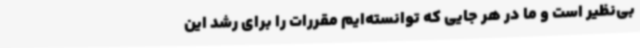
بی‌نظیر است و ما در هر جایی که توانسته‌ایم مقررات را برای رشد این